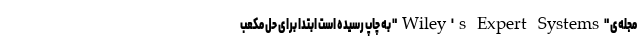
مجله‌ی "Wiley's Expert Systems" به چاپ رسیده است ابتدا برای حل مکعب